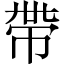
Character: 帶